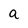
Character: a